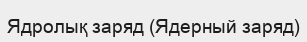
Ядролық заряд (Ядерный заряд)